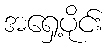
အရှေ့ပိုင်း